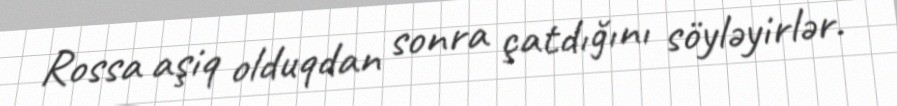
Rossa aşiq olduqdan sonra çatdığını söyləyirlər.